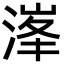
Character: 溄